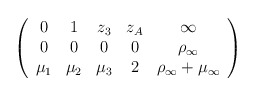
\begin{align*}\left (\begin{array}{ccccc}0&1&z_3&z_A&\infty\\0&0&0&0&\rho_\infty\\\mu _1&\mu _2&\mu _3& 2&\rho_\infty+\mu _\infty\end{array}\right )\end{align*}